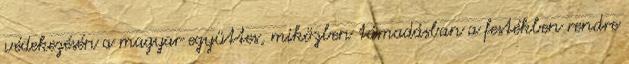
védekezésén a magyar együttes, miközben támadásban a festékben rendre